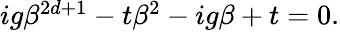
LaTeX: \begin{array}{r}{ig\beta^{2d+1}-t\beta^{2}-ig\beta+t=0.}\end{array}